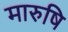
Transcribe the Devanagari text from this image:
मारुषि